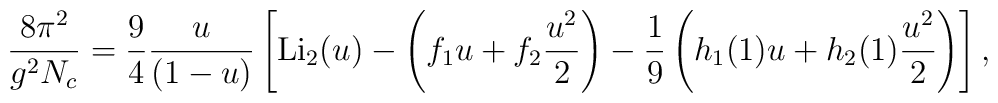
{8\pi^2 \over g^2N_c} = {9\over4}{u\over (1-u)}\left[{\rm Li}_2(u) - \left(f_1u+f_2{u^2\over2}\right)-{1\over9}\left(h_1(1)u+h_2(1){u^2\over2}\right)\right],